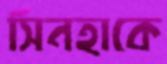
সিনহাকে